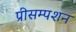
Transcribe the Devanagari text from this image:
प्रीसम्पशन